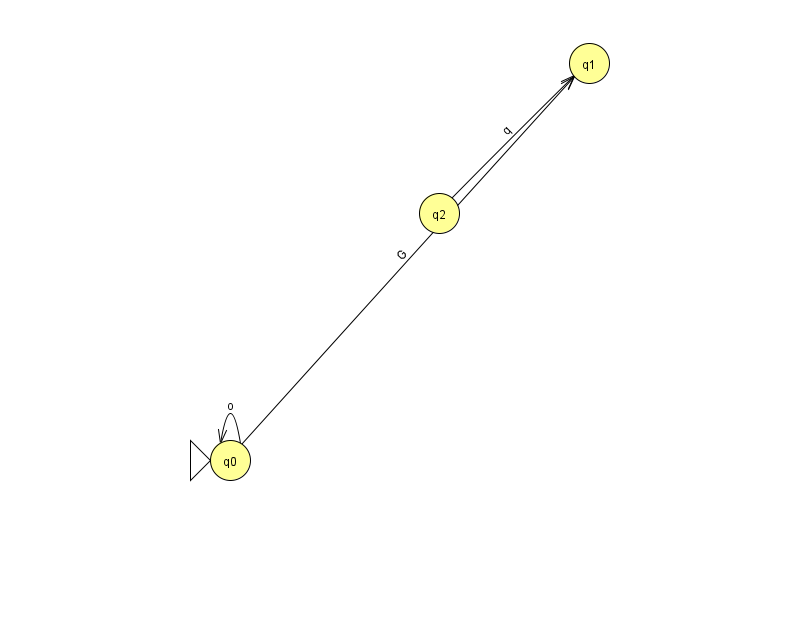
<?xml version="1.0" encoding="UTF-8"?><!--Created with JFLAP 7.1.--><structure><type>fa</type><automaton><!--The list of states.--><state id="0" name="q0"><x>230.0</x><y>447.0</y><initial/></state><state id="1" name="q1"><x>589.0</x><y>50.0</y></state><state id="2" name="q2"><x>439.0</x><y>200.0</y></state><!--The list of transitions.--><transition><from>0</from><to>1</to><read>G</read></transition><transition><from>2</from><to>1</to><read>q</read></transition><transition><from>0</from><to>0</to><read>o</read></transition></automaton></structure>